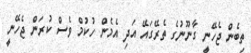
ތިބެން ޖެހޭނީ ގާނޫނުގެ ތެރޭގައޭ އަދި އެމެން ހުކުމް ވެސް ކުރަން ޖެހޭނީ